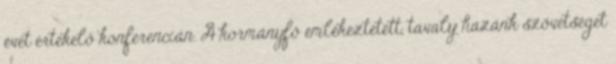
évét értékelő konferencián. A kormányfő emlékeztetett, tavaly hazánk szövetséget